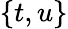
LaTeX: \{ t,u\}